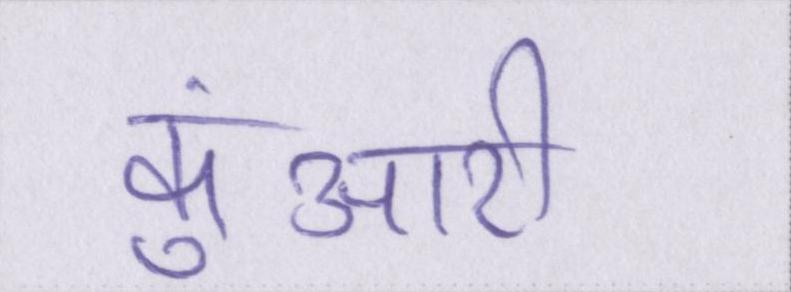
कुंआरी